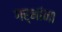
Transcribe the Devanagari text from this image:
गर्भांना